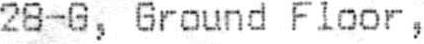
28-G, GROUND FLOOR,